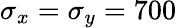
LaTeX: \sigma_{x}=\sigma_{y}=700